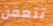
تتعفن